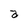
Character: a